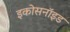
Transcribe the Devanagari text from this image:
इकोसनॉइड